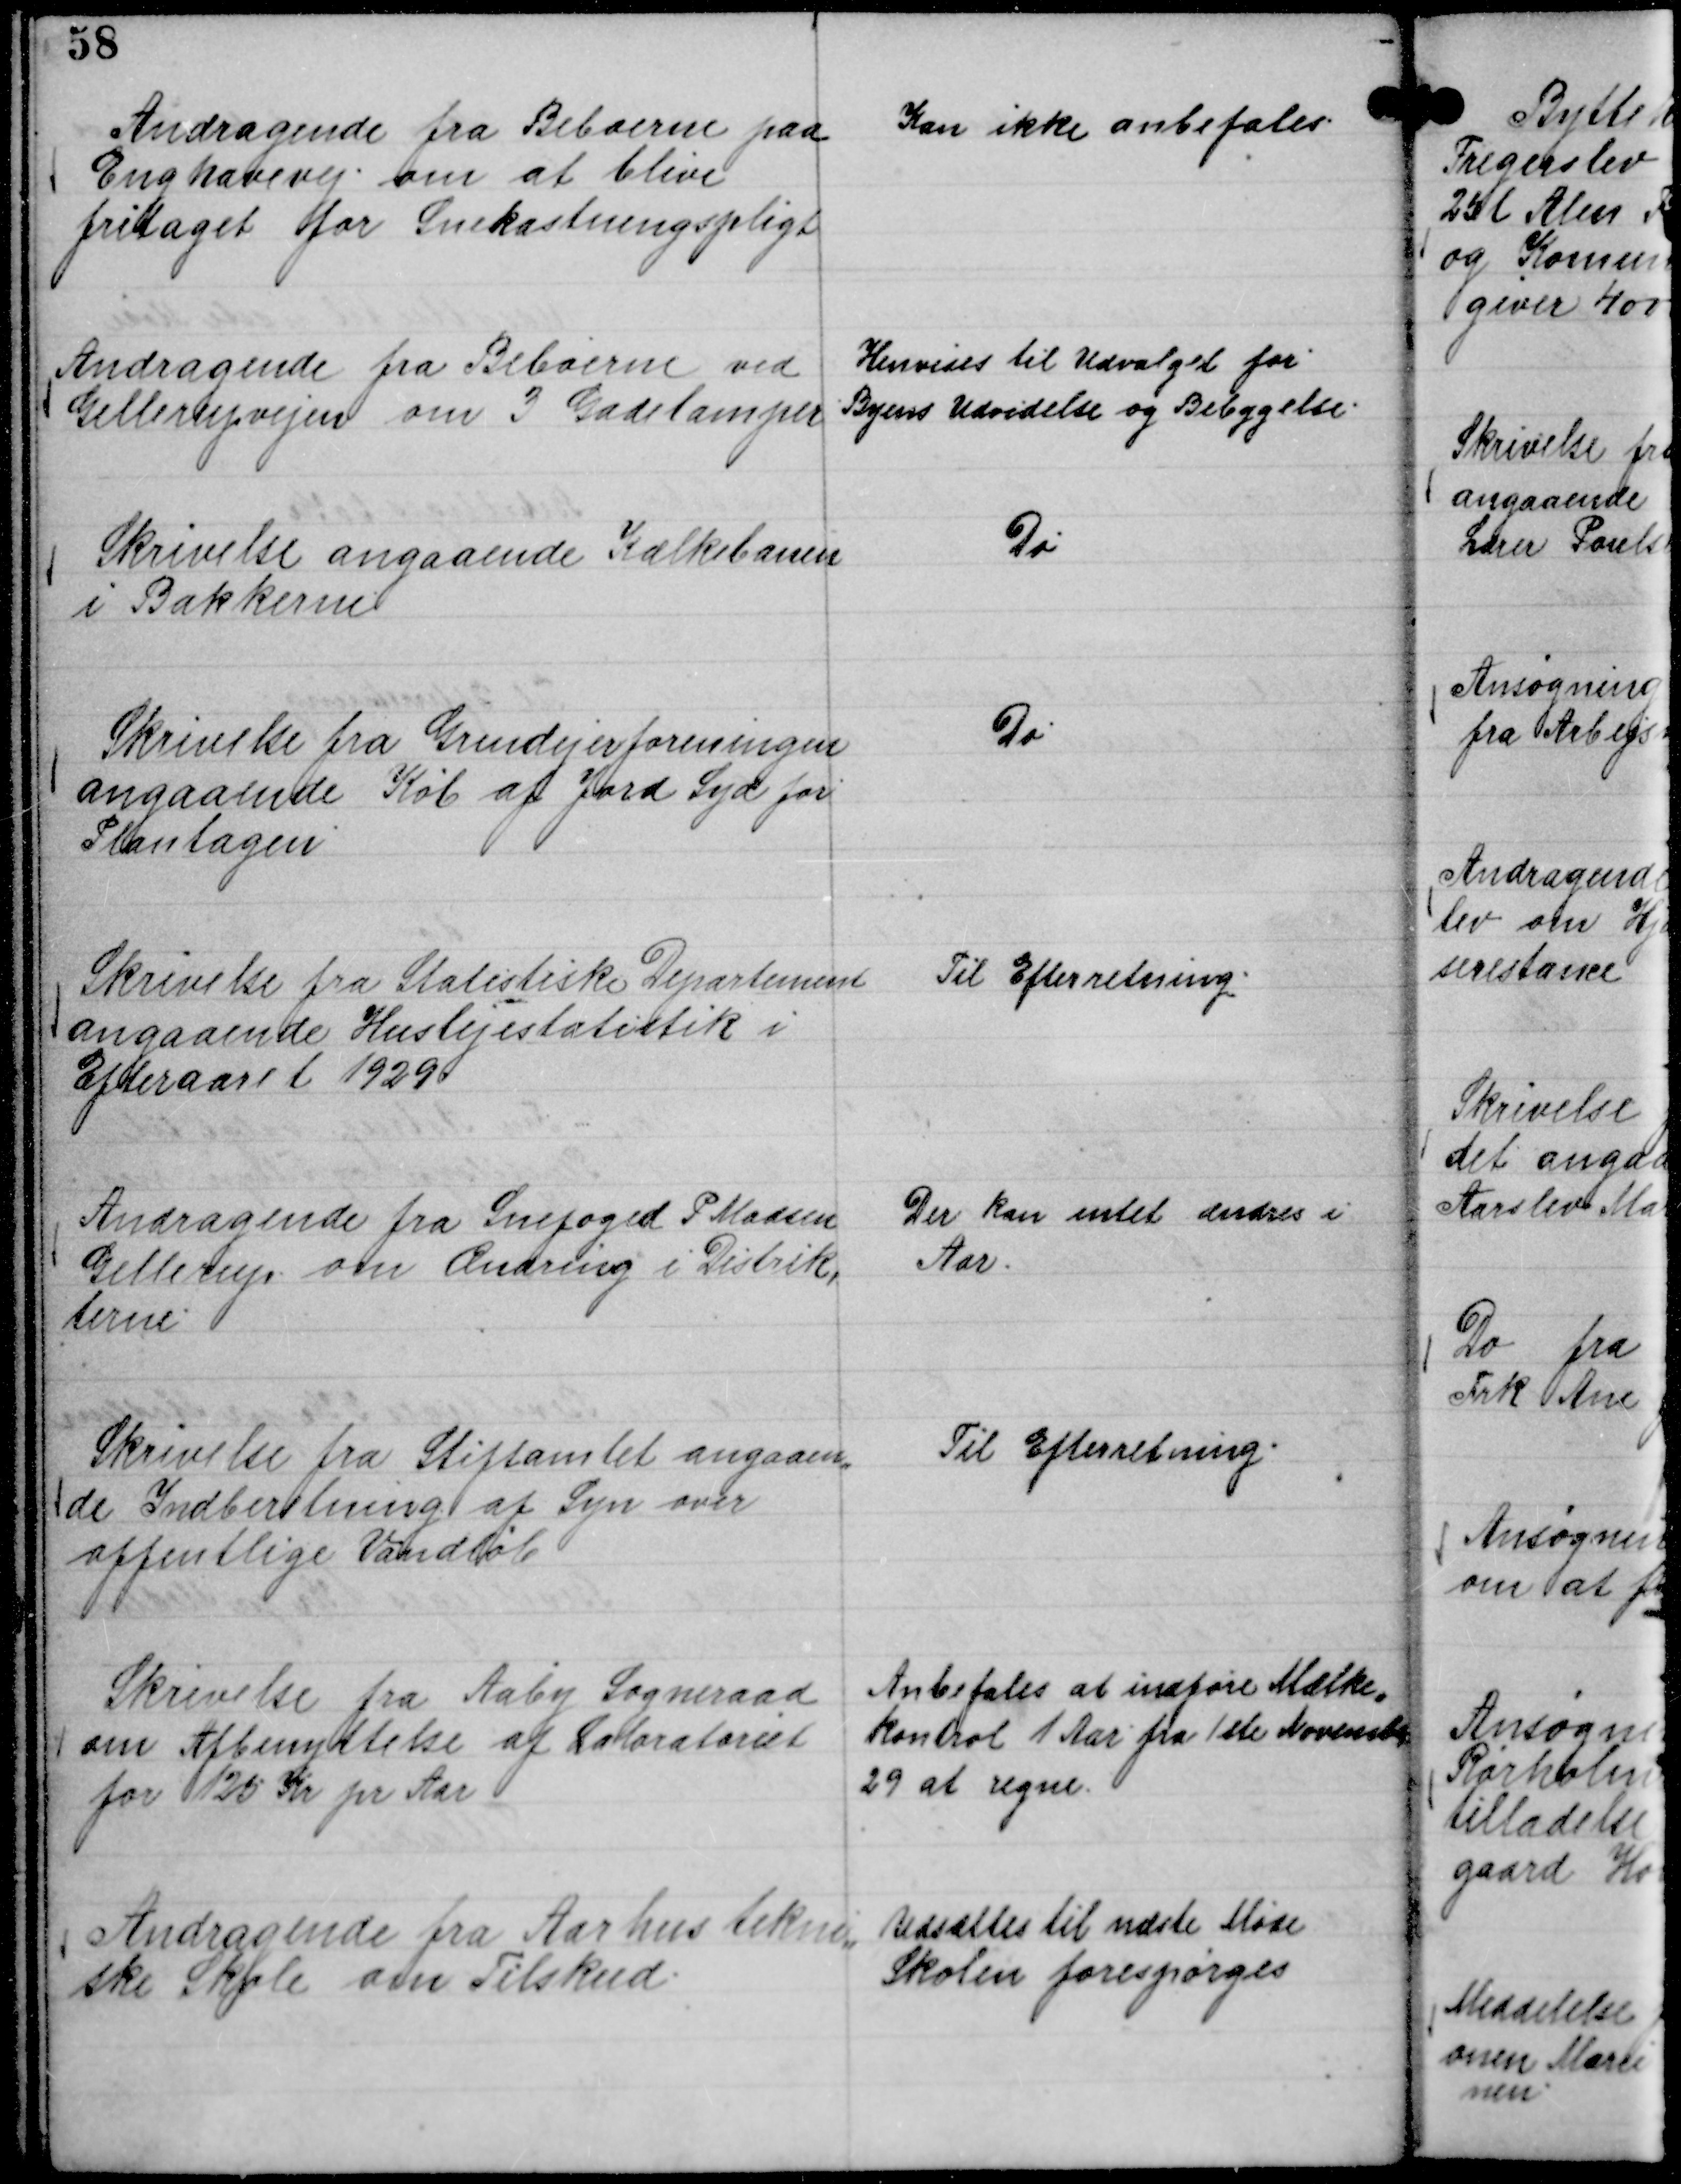
Transskription:
Andragende fra Beboerne paa
Enghavevej om at blive
fritaget for Snekastningspligt

Kan ikke anbefales.

Andragende fra Beboerne ved
Gellerupvejen om 3 Gadelamper

Henvises til Udvalget for
Byens Udvidelse og Bebyggelse.

Skrivelse angaaende Kælkebanen
i Bakkerne

Do

Skrivelse fra Grundejerforeningen
angaaende Køb af Jord Syd for
Plantagen

Do

Skrivelse fra Statistiske Departement
angaaende Huslejestatistik i
Efteraaret 1929

Til Efterretning.

Andragende fra Snefoged P Madsen
Gellerup om Ændring i Distrik,
terne

Der kan intet ændres i
Aar.

Skrivelse fra Stiftamtet angaaen,,
de Indberetning af Syn over
offentlige Vandløb

Til Efterretning.

Skrivelse fra Aaby Sogneraad
om Afbenyttelse af Laboratoriet
for 25 Kr pr Aar

Anbefales at indføre Mælke,,
kontrol 1 Aar fra 1 ste November
29 at regne.

Andragende fra Aarhus tekni,,
ske Skole om Tilskud.

Udsættes til næste Møde
Skolen forespørges